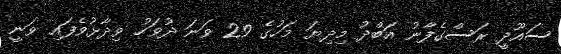
ސައޫދީ ރަސްގެފާނު އަބްދު މިދިޔަ މަހުގެ 29 ވަނަ ދުވަހު ވިދާޅުވެފައި ވަނީ